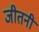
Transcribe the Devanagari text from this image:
जीतनी